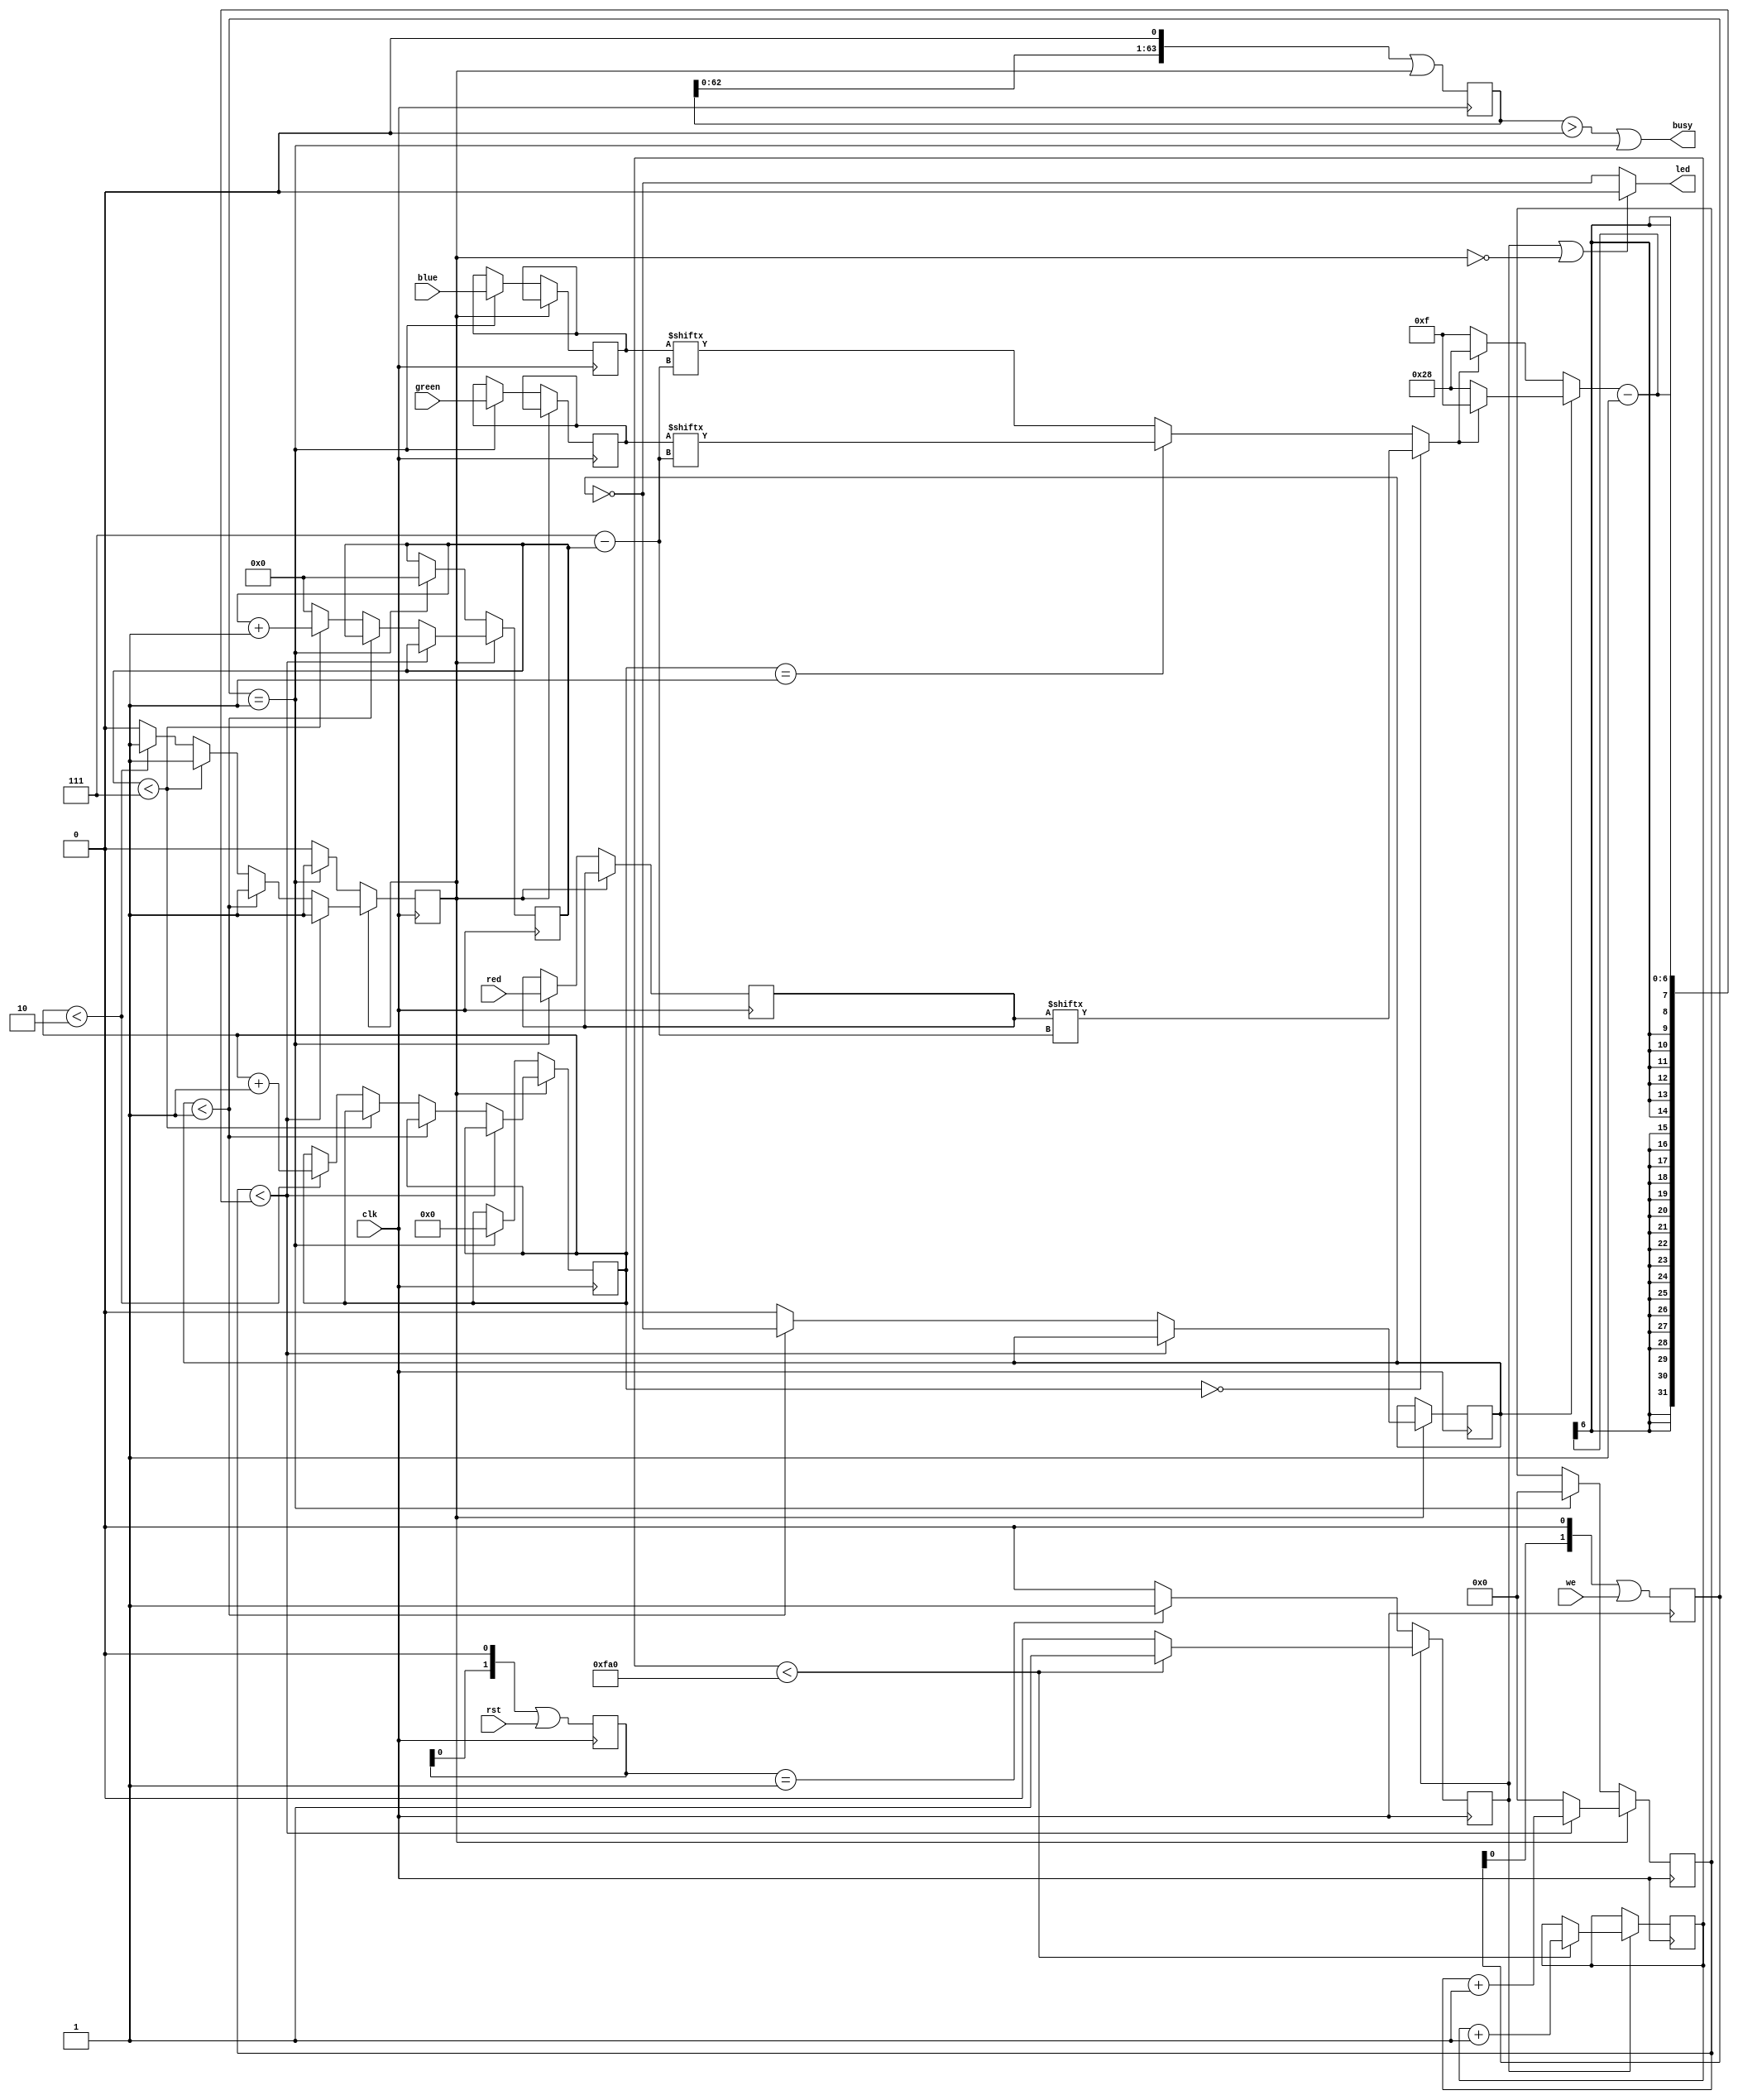
module ws2812

#(
	// Parameter Declarations
	parameter ticks_0h = 15,
	parameter ticks_0l = 40,
	
	parameter ticks_1h = 40,
	parameter ticks_1l = 15,
	
	parameter ticks_rst = 4000
)

(
	input clk,
	input wire [7:0] red,
	input wire [7:0] green,
	input wire [7:0] blue,
	input we,
	input rst,
	output led,
	output busy
);

reg ser_running; //data is being transmitted
reg rst_running;

reg [7:0] r_red;
reg [7:0] r_green;
reg [7:0] r_blue;

reg [3:0] color_cnt;
reg [5:0] bit_cnt;
reg tick_state;
reg [9:0] tick_cnt;

reg [11:0] reset_cnt;

reg [1:0] we_sr; //we inputs values shift register
reg [1:0] rst_sr; //rst inputs values shift register
reg [63:0] busy_reg;

/* 
If 
color_cnt == 0 means current color is green
color_cnt == 1 means current color is red
color_cnt anything else means current color is blue
*/

//debug
wire color_g_bit = r_green[7 - bit_cnt];
wire color_r_bit = r_red[7 - bit_cnt];
wire color_b_bit = r_blue[7 - bit_cnt];
//end debug

//colors swapped - currently order is RGB, GRB in PDF (bug in datasheet?)
wire color_bit = (color_cnt == 0) ? (r_red[7 - bit_cnt]) : ( (color_cnt == 1) ? (r_green[7 - bit_cnt]) : (r_blue[7 - bit_cnt]) );
wire [9:0] ticks_num = tick_state ? (color_bit ? ticks_1l : ticks_0l) : (color_bit ? ticks_1h : ticks_0h );
assign led = (rst_running || (~ser_running)) ? 0 : (~tick_state); //tick_cnt == 0 always outputs 1, tick_cnt == 1 always outputs 0, only duty changes
assign busy = (busy_reg > 0) | (we_sr == 1);

assign we_event = (we_sr == 1);
assign rst_event = (rst_sr == 1);

initial 
begin
	r_red <= 0;
	r_green <= 0;
	r_blue <= 0;
	ser_running <= 0;
	rst_running <= 0;
	reset_cnt <= 0;
	color_cnt <= 0;
	bit_cnt <= 0;
	tick_cnt <= 0;
	we_sr <= 0;
	rst_sr <= 0;
	tick_state <= 0;
	busy_reg <= 0;
end

always@(posedge clk)
begin
	busy_reg <= (busy_reg << 1) | ser_running;
end

always@(posedge clk)
begin
	we_sr <= (we_sr << 1) | we;
	rst_sr <= (rst_sr << 1) | rst;
end

always@(posedge clk)
begin

	if (rst_running)
	begin
		if (reset_cnt < ticks_rst)
		begin
			reset_cnt <= reset_cnt + 1;
		end
		else
		begin
			rst_running <= 0;
		end
	end
	else
	begin
		if (rst_event)
		begin
			rst_running <= 1;
		end
	end

	if (ser_running)
	begin
		if (tick_cnt < (ticks_num - 1))
		begin
			tick_cnt <= tick_cnt + 1;
		end
		else
		begin
			tick_cnt <= 0;
			if (tick_state < 1)
			begin
				tick_state <= ~tick_state;
			end
			else
			begin
				tick_state <= 0;
				if (bit_cnt < 7)
				begin
					bit_cnt <= bit_cnt + 1;
				end
				else
				begin
					bit_cnt <= 0;
					if (color_cnt < 2)
					begin
						color_cnt <= color_cnt + 1;
					end
					else
					begin
						ser_running <= 0;
					end
				end
			end
		end
	end
	else
	begin
		if (we_event)
		begin
			r_red <= red;
			r_green <= green;
			r_blue <= blue;
			color_cnt <= 0;
			bit_cnt <= 0;
			tick_cnt <= 0;
			ser_running <= 1;
		end
	end
end

endmodule